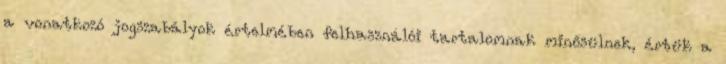
a vonatkozó jogszabályok értelmében felhasználói tartalomnak minősülnek, értük a